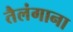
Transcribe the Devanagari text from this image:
तैलंगाना